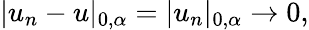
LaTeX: |u_{n}-u|_{0,\alpha}=|u_{n}|_{0,\alpha}\to 0,